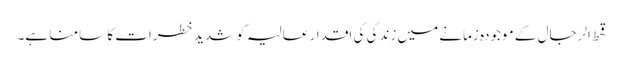
قحط الرجال کے موجودہ زمانے میں زندگی کی اقدار عالیہ کو شدید خطرات کا سامنا ہے۔